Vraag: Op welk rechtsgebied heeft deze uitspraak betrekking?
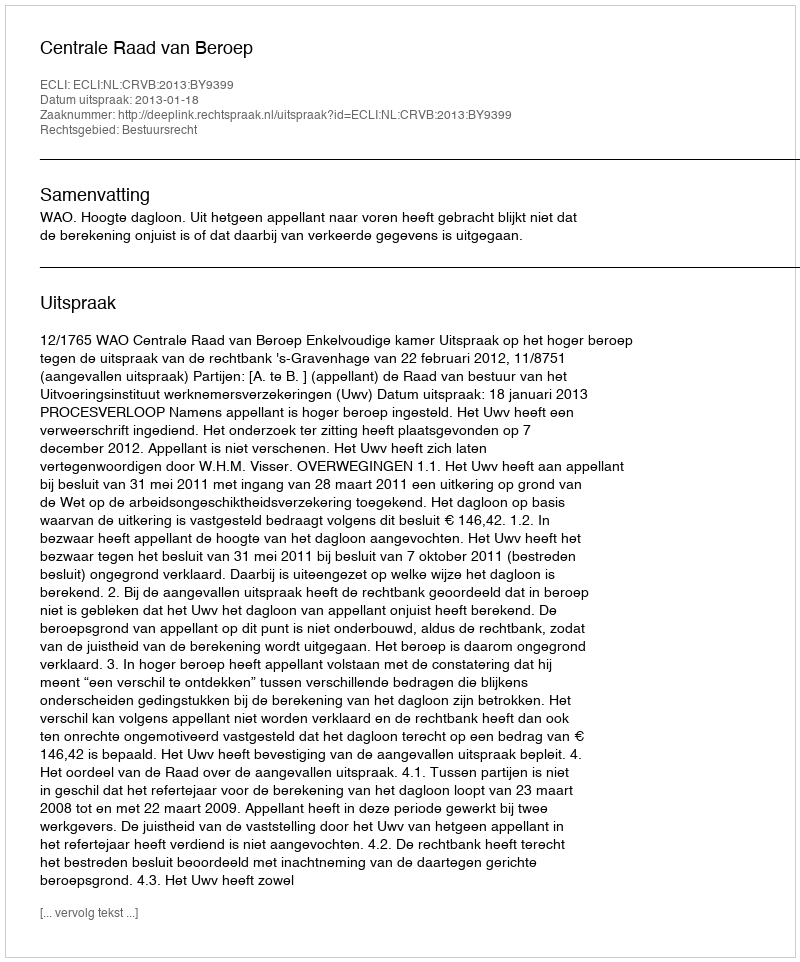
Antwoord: Bestuursrecht